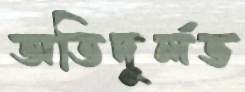
অতিদুর্লভ